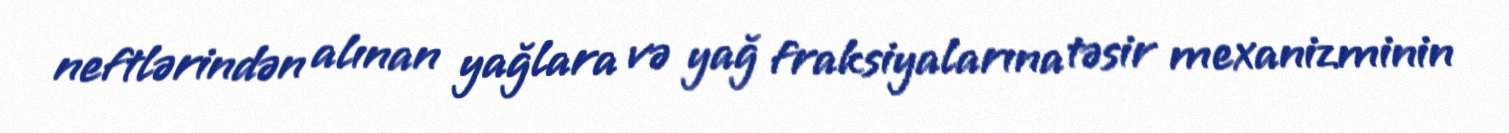
neftlərindən alınan yağlara və yağ fraksiyalarına təsir mexanizminin